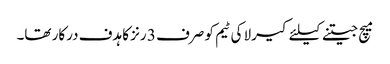
میچ جیتنے کیلئے کیرلا کی ٹیم کو صرف 3 رنز کا ہدف درکار تھا۔